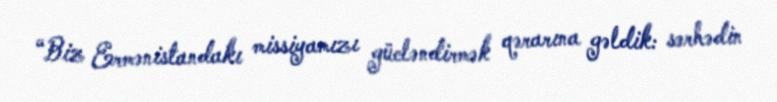
“Biz Ermənistandakı missiyamızı gücləndirmək qərarına gəldik: sərhədin